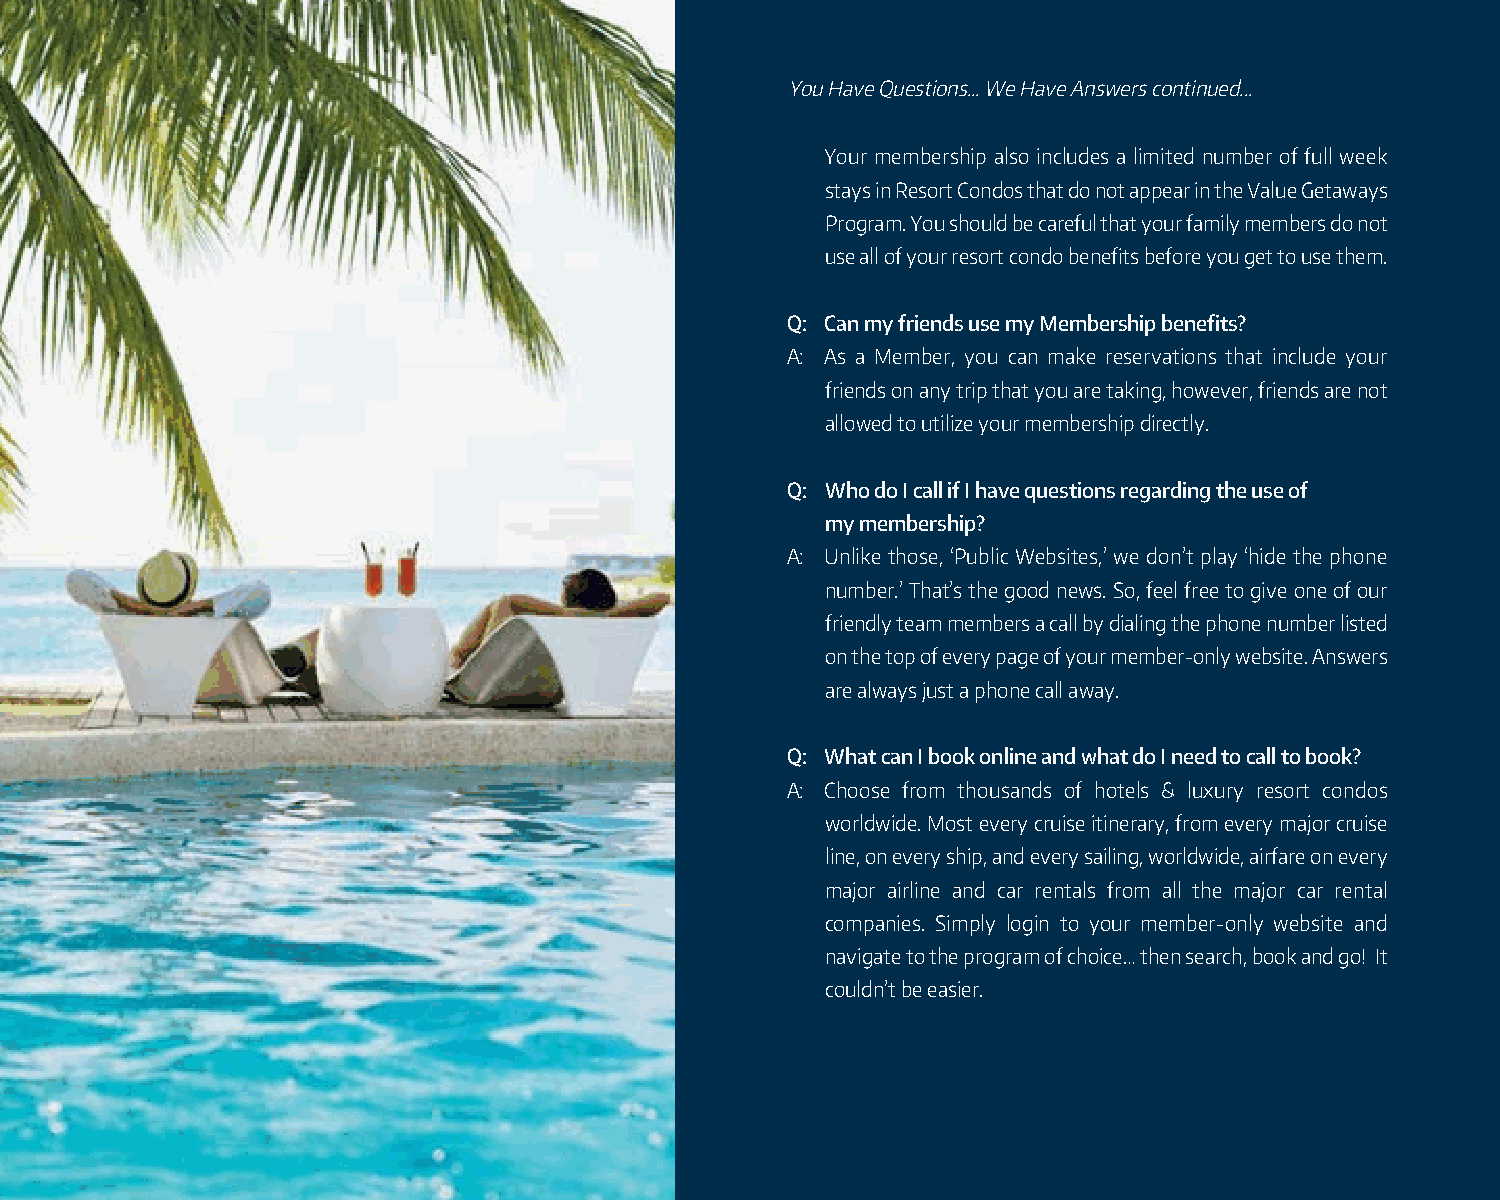
You Have Questions... We Have Answers continued...
 The following benefits require calling our awesome travel specialist team.
 Your membership also includes a limited number of full week               •  Cruise Getaways Hot Ticketlistings, which include hand picked, specially negotiated cruises, at prices
 stays in Resort Condos that do not appear in the Value Getaways              that simply can’t be beat.
 Program. You should be careful that your family members do not
 •  Condo Getawayslistings, showcasing specially assembled resort condos all over the US, Mexico, the
 use all of your resort condo benefits before you get to use them.
 Caribbean, Canada, Hawaii and more, all offering outstanding values.
 •  Staycation Getawayslistings, which include 3-5 night stays at fabulous resort hotel properties located
 Q: Can my friends use my Membership benefits?
 all over the US, at values that simply can’t be beat
 A: As a Member, you can make reservations that include your
 friends on any trip that you are taking, however, friends are not         •  Fantasy Getawayslistings, which showcase once in a lifetime, or, as the modern saying goes, ‘bucket
 allowed to utilize your membership directly.                                 list’ types of packaged vacations. These include exciting trips like riding the famed Orient Express, African
 Safaris, China, Around the World Cruises, and much more.
 Q: Who do I call if I have questions regarding the use of
 All of these specially negotiated items will benefit from you speaking with one of our awesome travel
 my membership?
 specialists, as they are typically perishable or, complicated itineraries that you will have many questions
 A: Unlike those, ‘Public Websites,’ we don’t play ‘hide the phone
 about. No worries though, our crack team of travel specialists are at the ready, so just give us a call on the
 number.’ That’s the good news. So, feel free to give one of our
 number listed on your member-only website.
 friendly team members a call by dialing the phone number listed
 on the top of every page of your member-only website. Answers
 Q: Can I change my password and contact e-mail address?
 are always just a phone call away.
 A: Yes, simply click on ‘My Account’ located in the top right menu bar. Change your e-mail or password and click ‘save.’
 Q: What can I book online and what do I need to call to book?
 Q: What is Travel Insurance and why should I consider adding it to my vacation?
 A: Choose from thousands of hotels & luxury resort condos
 A: Travel is expensive, and in order to safeguard yourself, you should consider purchasing travel insurance. Travel
 worldwide. Most every cruise itinerary, from every major cruise
 Insurance can limit your exposure for cancellation or interruption of your trip for a laundry list of covered reasons.
 line, on every ship, and every sailing, worldwide, airfare on every
 Some include illness, death of a loved one, injury, loss or delay of baggage, and more. Travel Insurance can also
 major airline and car rentals from all the major car rental
 provide 24-hour, worldwide emergency assistance. Be sure to ask one of our friendly travel team members about
 companies. Simply login to your member-only website and
 using travel insurance to protect your vacation against any number of unforeseen circumstances.
 navigate to the program of choice… then search, book and go! It
 couldn’t be easier.
 Q: What happens if there are changes or updates to my Member Benefits?
 A: While this printed Guide lays out current Member Benefits, we are always striving to add enhancements.
 Accordingly, since it’s not practical to reprint this Guide everytime an enhancement is made, you will always
 find the most current (and definitive) version on your member-only website.